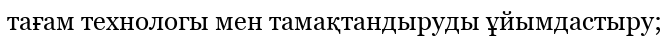
тағам технологы мен тамақтандыруды ұйымдастыру;